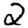
Digit: 2